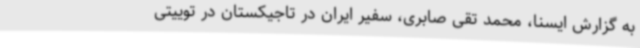
به گزارش ایسنا، محمد تقی صابری، سفیر ایران در تاجیکستان در توییتی